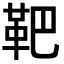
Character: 靶